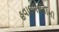
હવાઇમથકોની